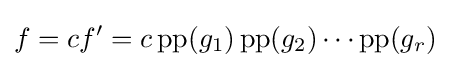
f=cf'=c\operatorname {pp} (g_{1})\operatorname {pp} (g_{2})\cdots \operatorname {pp} (g_{r})